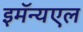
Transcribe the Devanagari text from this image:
इमॅन्यएल